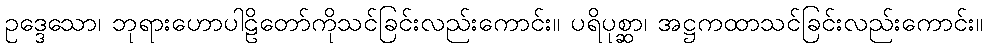
ဥဒ္ဒေသော၊ ဘုရားဟောပါဠိတော်ကိုသင်ခြင်းလည်းကောင်း။ ပရိပုစ္ဆာ၊ အဋ္ဌကထာသင်ခြင်းလည်းကောင်း။